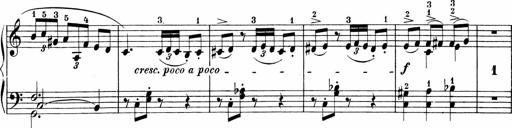
Title: Sonatinen Op.47, 98 und 136, nebst 6 Liedersonatinen
Composer: Carl Reinecke